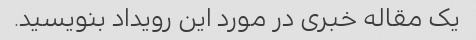
یک مقاله خبری در مورد این رویداد بنویسید.